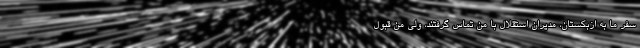
سفر ما به ازبکستان، مدیران استقلال با من تماس گرفتند، ولی من قبول